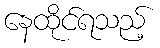
နေထိုင်ရသည့်